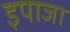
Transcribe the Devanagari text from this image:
इपाजा